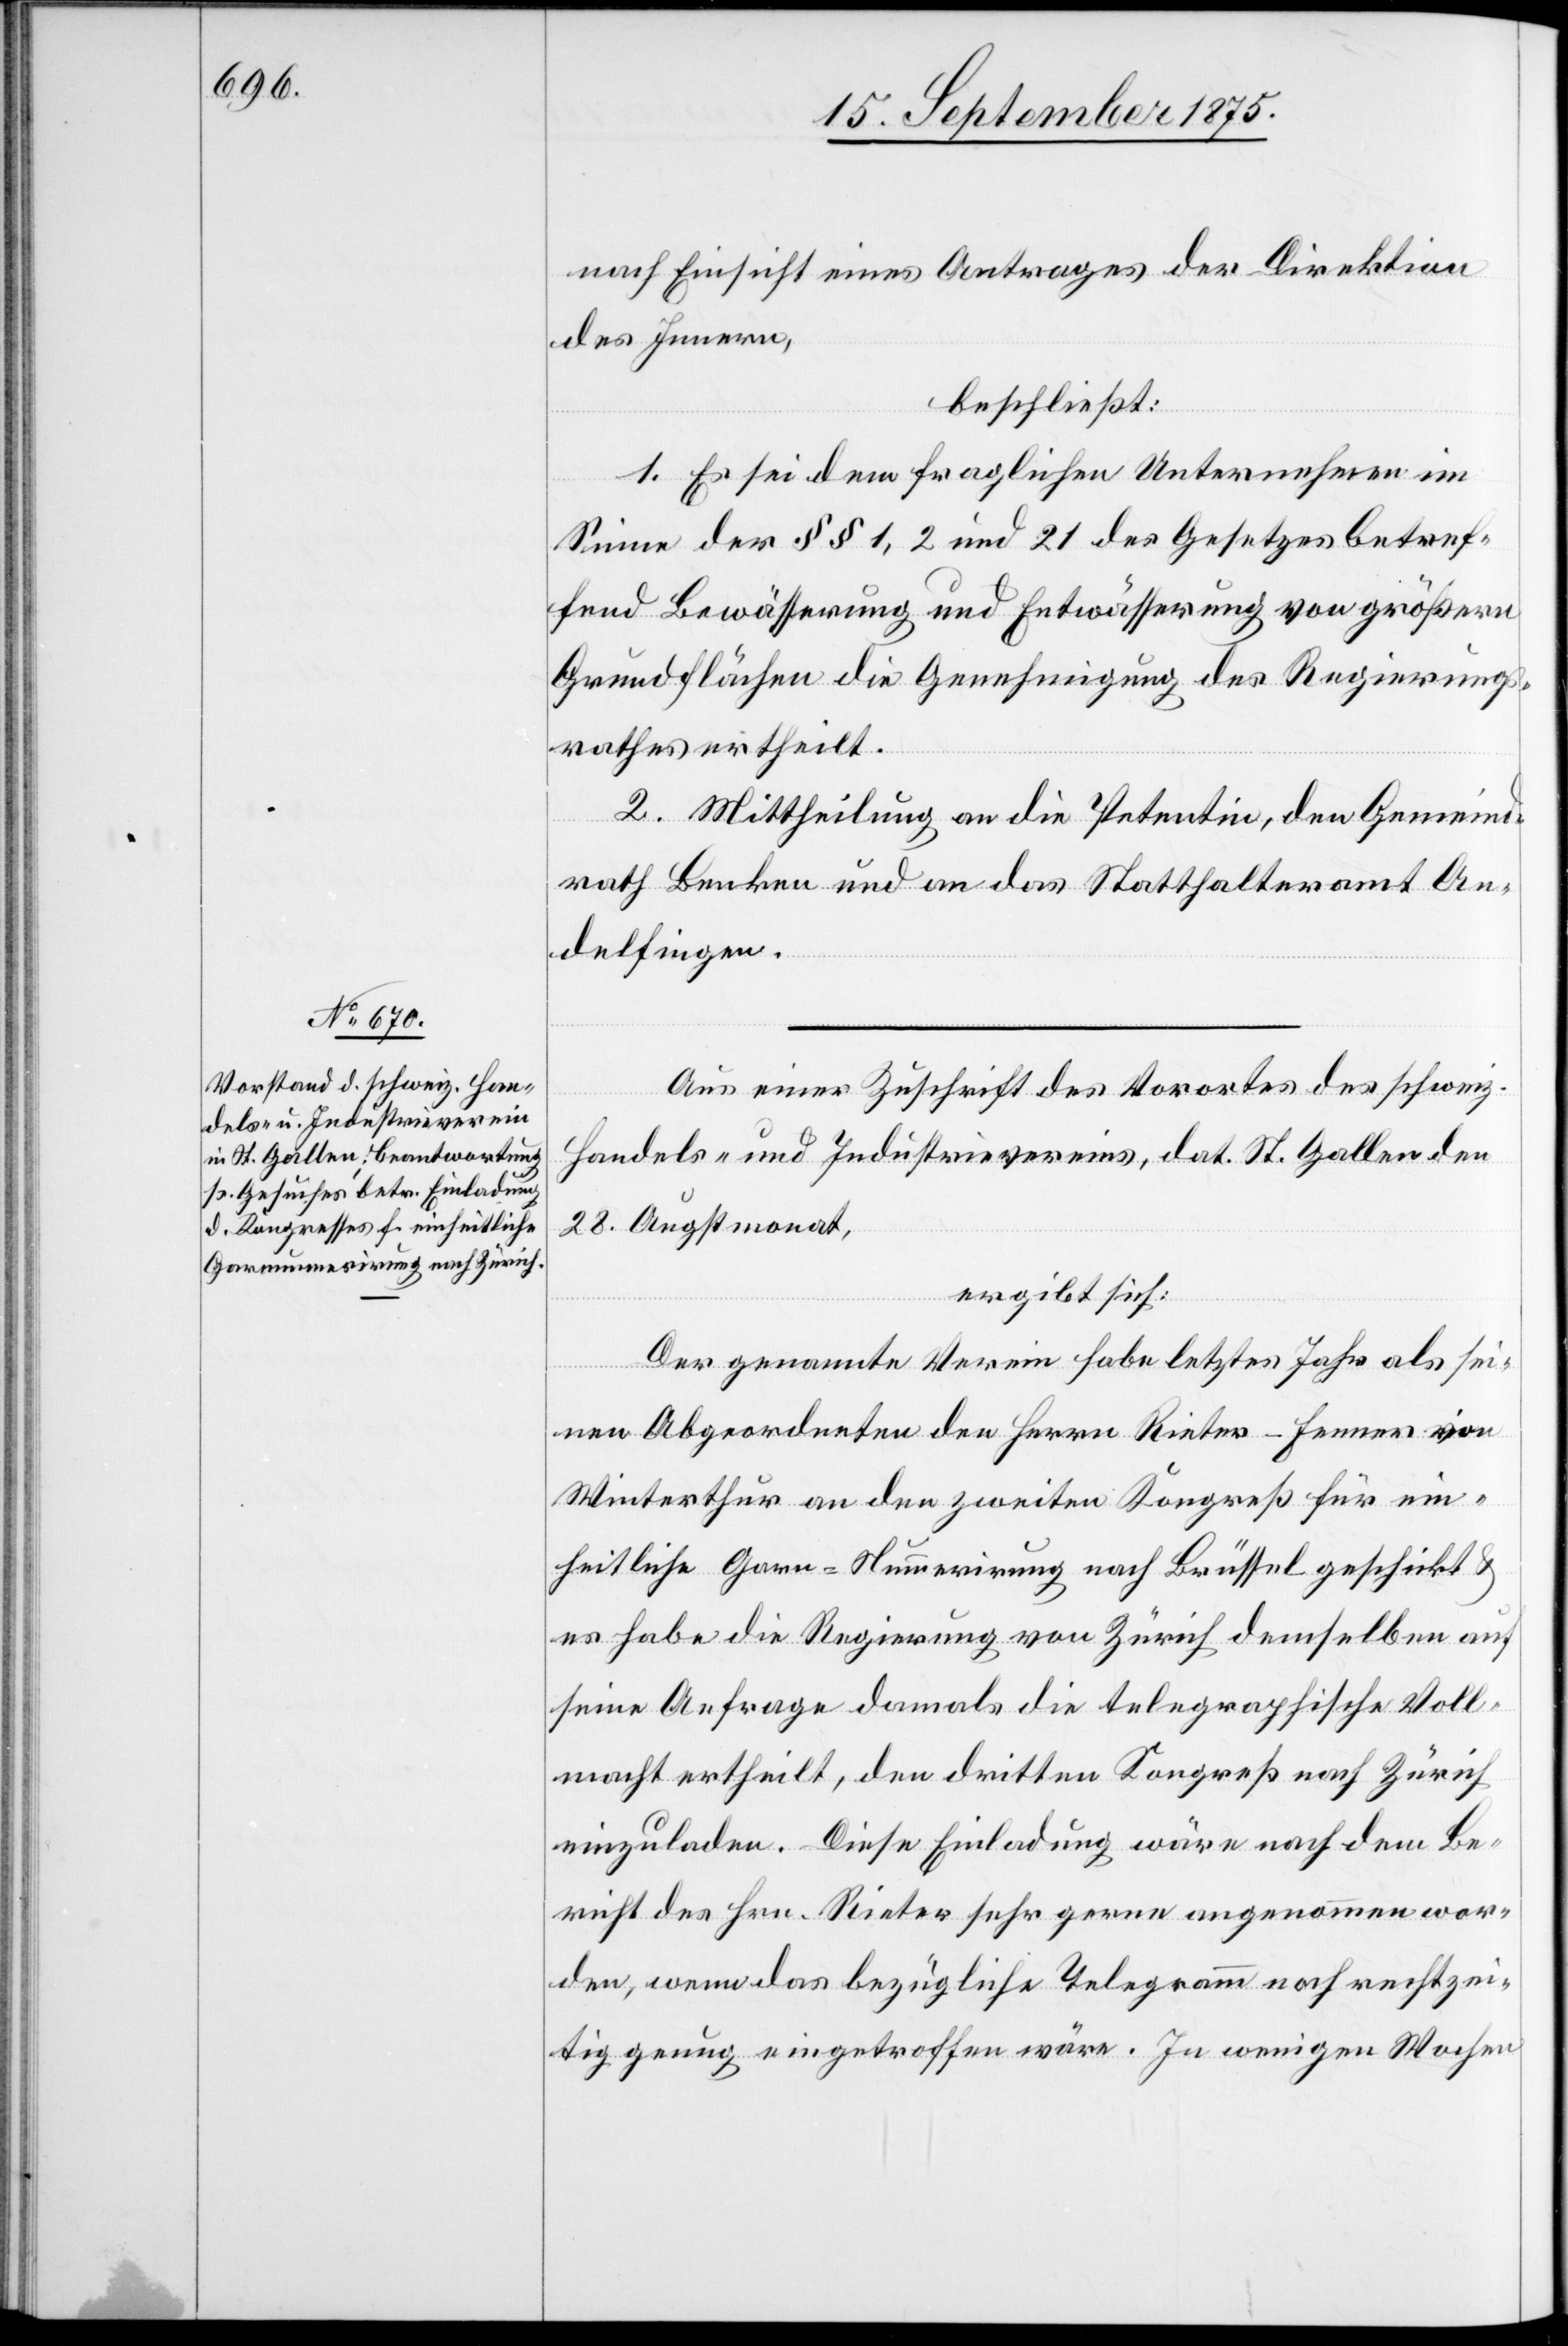
nach Einsicht eines Antrages der Direktion
des Innern,
beschließt:
1. Es sei dem fraglichen Unternehmen im
Sinne der §§ 1, 2 und 21 des Gesetzes betref¬
fend Bewässerung und Entwässerung von größern
Grundflächen die Genehmigung des Regierungs¬
rathes ertheilt.
2. Mittheilung an die Petentin, den Gemeind¬
rath Benken und an das Statthalteramt An¬
delfingen.
Aus einer Zuschrift des Vorortes des schweiz.
Handels- und Industrievereins, dat. St. Gallen den
28. Augstmonat,
ergibt sich:
Der genannte Verein habe letztes Jahr als sei¬
nen Abgeordneten den Herrn Rieter-Fenner von
Winterthur an den zweiten Kongreß für ein¬
heitliche Garn-Nummerirung nach Brüssel geschickt
es habe die Regierung von Zürich demselben auf
seine Anfrage damals die telegraphische Voll¬
macht ertheilt, den dritten Kongreß nach Zürich
einzuladen. Diese Einladung wäre nach dem Be¬
richt des Hrn. Rieter sehr gerne angenommen wor¬
den, wenn das bezügliche Telegramm noch rechtzei¬
tig genug eingetroffen wäre. In wenigen Wochen